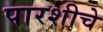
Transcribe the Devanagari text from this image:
पारशीचे